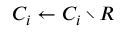
C _ { i } \gets C _ { i } \setminus R